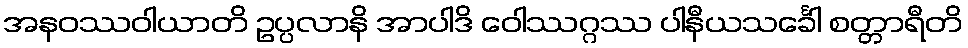
အနဝဿဝါယာတိ ဥပ္ပလာနိ အာပါဒိ ဝေါဿဂ္ဂဿ ပါနီယသင်္ခေါ စတ္တာရီတိ